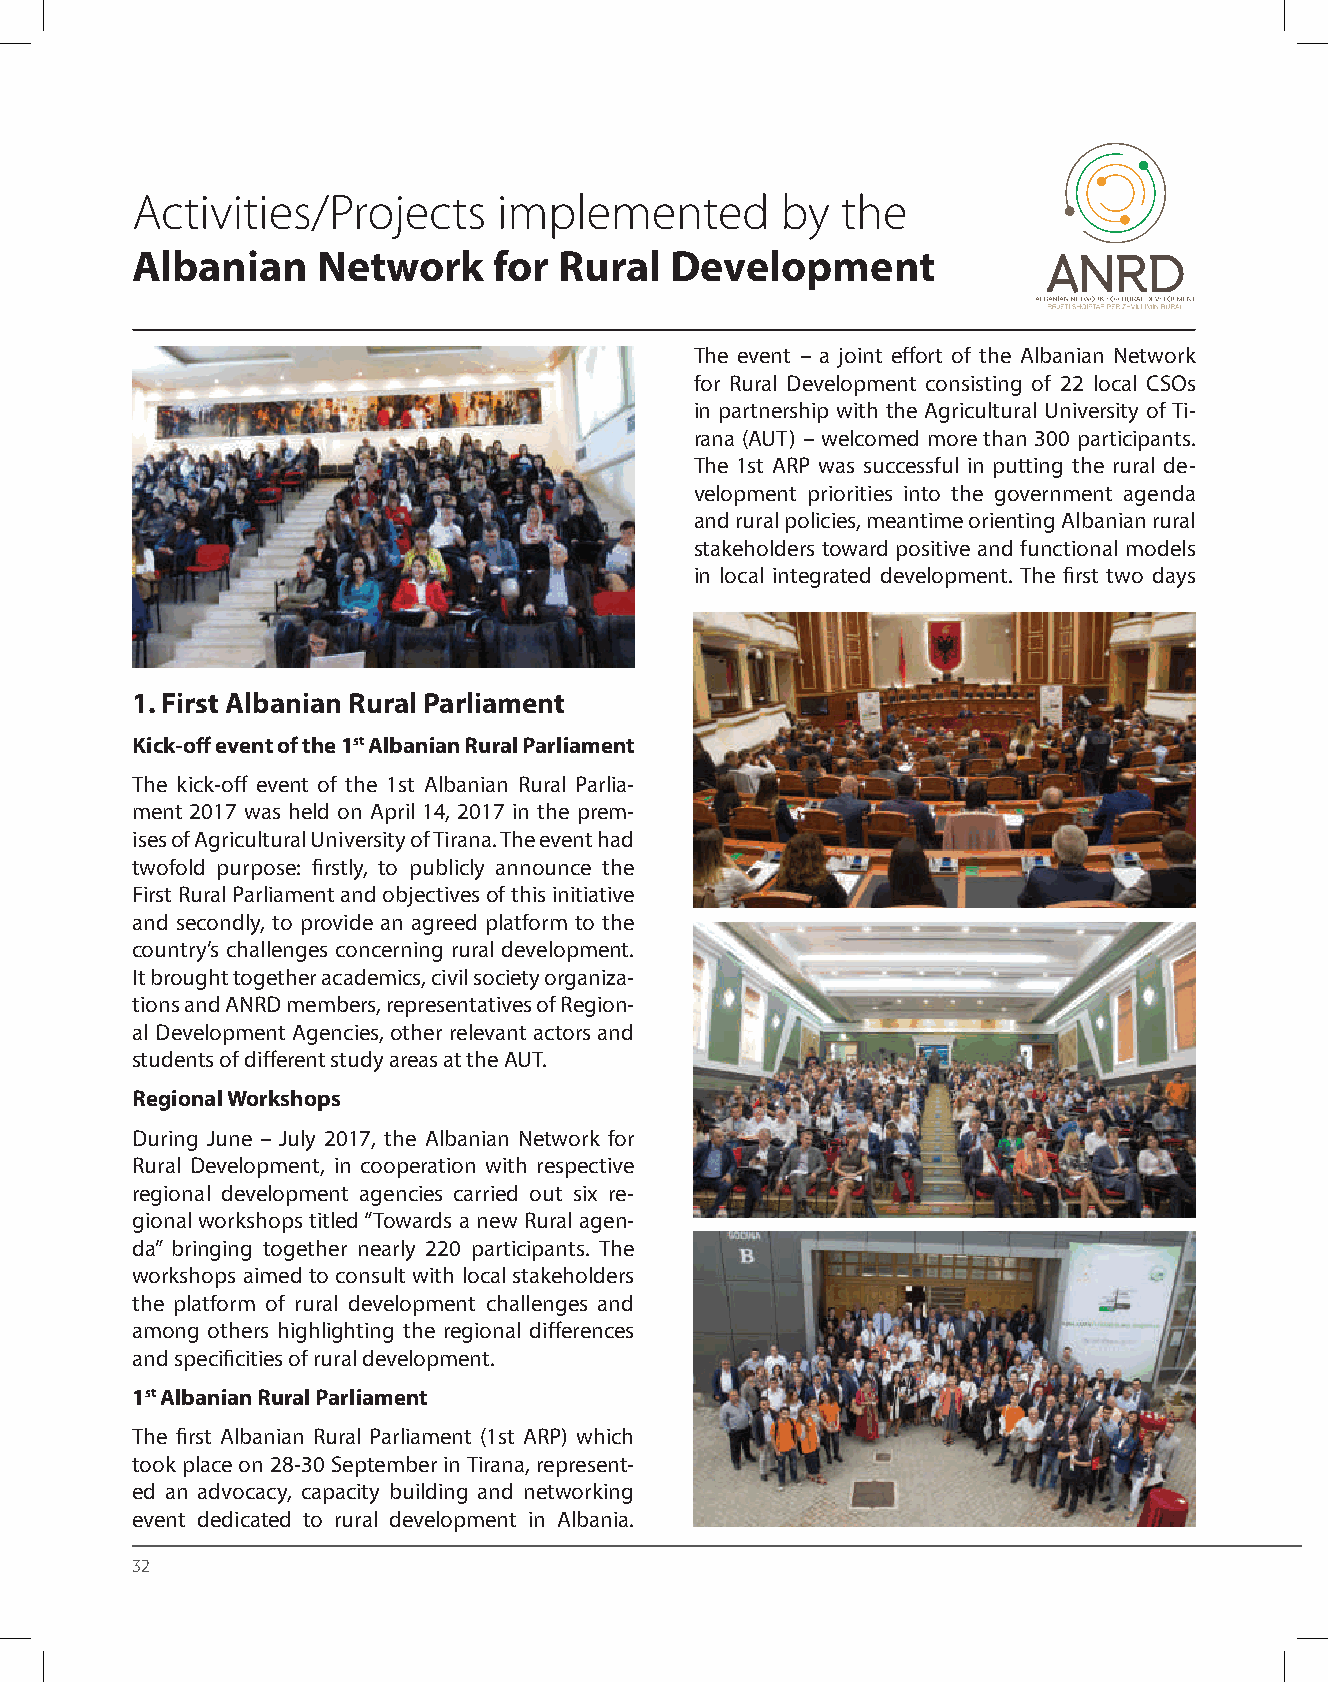
Activities/Projects     implemented        by  the
 Albanian    Network     for Rural  Development
 The event – a joint effort of the Albanian Network
 for Rural Development consisting of 22 local CSOs
 in partnership with the Agricultural University of Ti-
 rana (AUT) – welcomed more than 300 participants.
 The 1st ARP was successful in putting the rural de-
 velopment priorities into the government agenda
 and rural policies, meantime orienting Albanian rural
 stakeholders toward positive and functional models
 in local integrated development. The first two days
 1. First Albanian Rural Parliament
 Kick-off event of the 1st Albanian Rural Parliament
 The kick-off event of the 1st Albanian Rural Parlia-
 ment 2017 was held on April 14, 2017 in the prem-
 ises of Agricultural University of Tirana. The event had
 twofold purpose: firstly, to publicly announce the
 First Rural Parliament and objectives of this initiative
 and secondly, to provide an agreed platform to the
 country’s challenges concerning rural development.
 It brought together academics, civil society organiza-
 tions and ANRD members, representatives of Region-
 al Development Agencies, other relevant actors and
 students of different study areas at the AUT.
 Regional Workshops
 During June – July 2017, the Albanian Network for
 Rural Development, in cooperation with respective
 regional development agencies carried out six re-
 gional workshops titled “Towards a new Rural agen-
 da” bringing together nearly 220 participants. The
 workshops aimed to consult with local stakeholders
 the platform of rural development challenges and
 among others highlighting the regional differences
 and specificities of rural development.
 1st Albanian Rural Parliament
 The first Albanian Rural Parliament (1st ARP) which
 took place on 28-30 September in Tirana, represent-
 ed an advocacy, capacity building and networking
 event dedicated to rural development in Albania.
 32